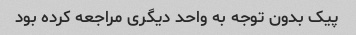
پیک بدون توجه به واحد دیگری مراجعه کرده بود